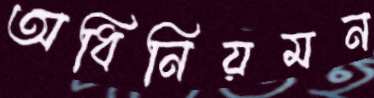
অধিনিয়মন